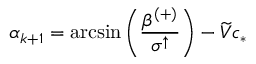
\alpha _ { k + 1 } = \arcsin \left( \frac { \beta ^ { ( + ) } } { \sigma ^ { \uparrow } } \right) - \widetilde { V } c _ { * }